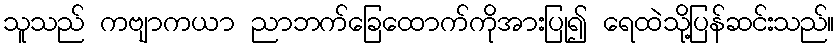
သူသည် ကဗျာကယာ ညာဘက်ခြေထောက်ကိုအားပြု၍ ရေထဲသို့ပြန်ဆင်းသည်။